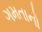
ગમતાનો